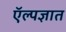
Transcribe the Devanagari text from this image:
ऍल्पज्ञात